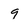
Character: 9